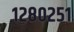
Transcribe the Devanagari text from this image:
१२८०२५१